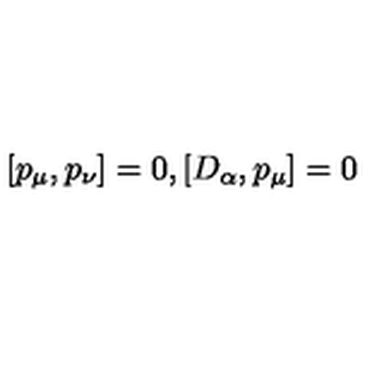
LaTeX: [ p _ { \mu } , p _ { \nu } ] = 0 , [ D _ { \alpha } , p _ { \mu } ] = 0